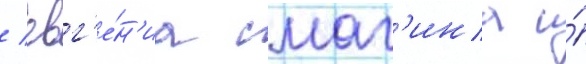
/ евг'е́н'иа смаг'ина и́